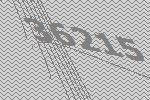
36215